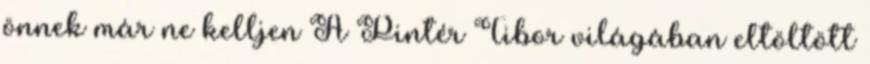
önnek már ne kelljen A Pintér Tibor világában eltöltött